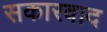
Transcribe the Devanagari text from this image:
सकारवाद